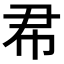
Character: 𢁨